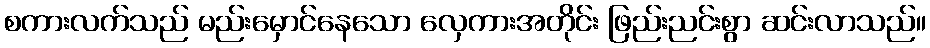
စကားလက်သည် မည်းမှောင်နေသော လှေကားအတိုင်း ဖြည်းညင်းစွာ ဆင်းလာသည်။